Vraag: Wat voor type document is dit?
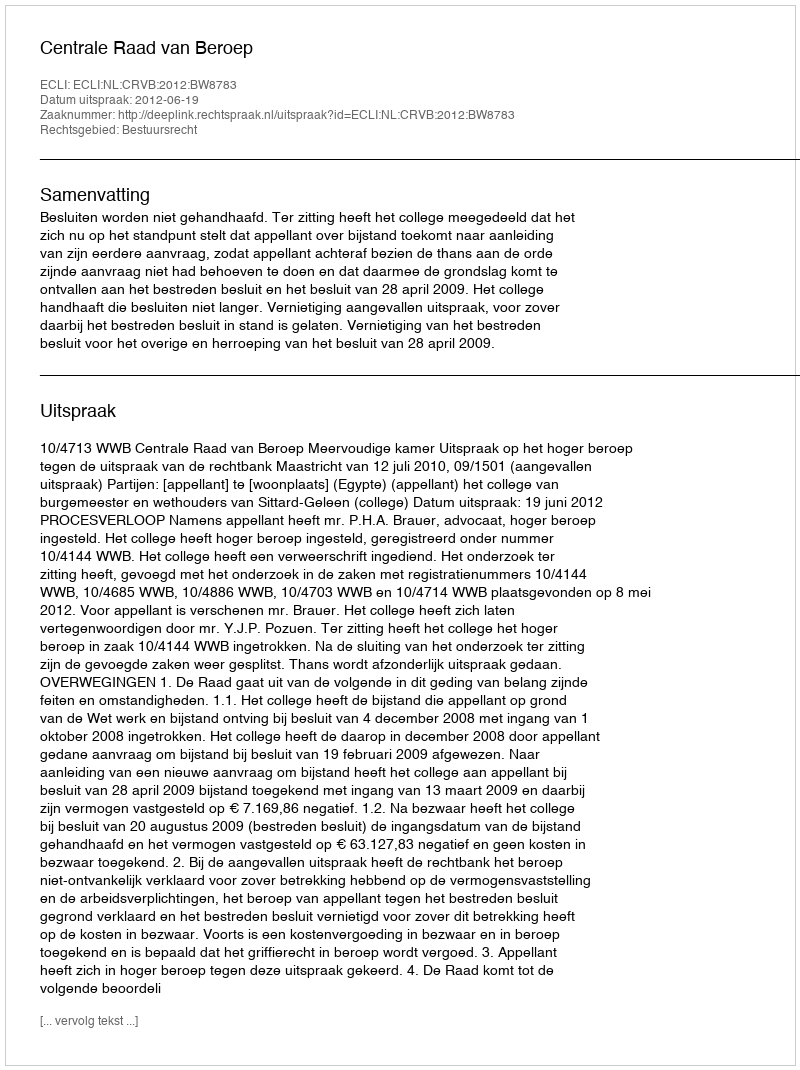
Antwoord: Uitspraak